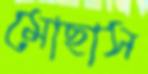
মোছাস